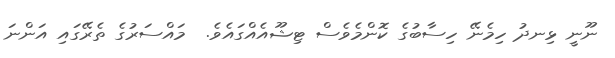
ނޫނީ ޅިނދު ހިމެނޭ ހިސާބުގެ ކޮންމެވެސް ޓިޝޫއެއްގައެވެ.  މައްސަރުގެ ތެރޭގައި އަންނަ